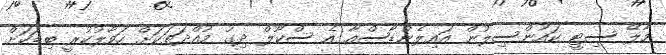
މާލޭ ސިޓީ ކައުންސިލުން އައިލެންޑާސްއާ އެ ސްކޫލް ދިގު މުއްދަތަކަށް ހަވާލުކުރީ ބިޑަކަށް